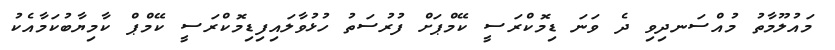
މައުލޫމާތު މުއްސަނދިވި ދެ ވަނަ ޑިމޮކްރަސީ ކޭމްޕަށް ފުރުސަތު ހުޅުވާލައިފިޑިމޮކްރަސީ ކޭމްޕް ކާމިޔާބުކަމާއެކު